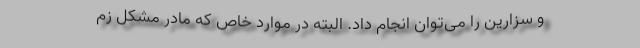
و سزارین را می‌توان انجام داد. البته در موارد خاص که مادر مشکل زم